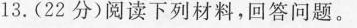
13.(22分)阅读下列材料，回答问题。